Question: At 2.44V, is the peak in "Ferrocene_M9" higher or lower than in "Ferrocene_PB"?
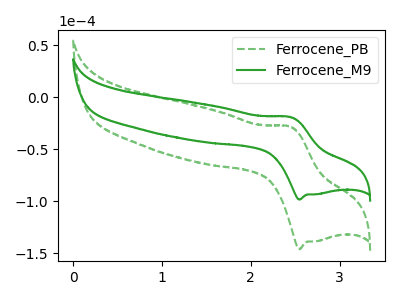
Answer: <think>The green dashed curve "Ferrocene_PB" has an anodic peak at (2.45V, -28.40uA) and a cathodic peak at (2.55V, -146.10uA). The green curve "Ferrocene_M9" has an anodic peak at (2.45V, -19.15uA) and a cathodic peak at (2.55V, -98.45uA).</think>
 <answer>The peak at 2.44V is higher in "Ferrocene_M9" than in "Ferrocene_PB".</answer>
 <eval>higher</eval>